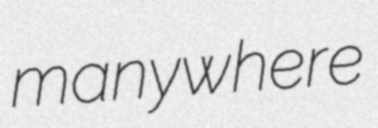
manywhere